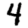
Digit: 4